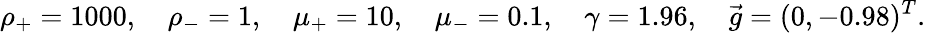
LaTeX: \rho_{+}=1000,\quad\rho_{-}=1,\quad\mu_{+}=10,\quad\mu_{-}=0.1,\quad\gamma=1.96,\quad\vec{g}=(0,-0.98)^{T}.